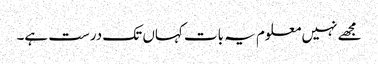
مجھے نہیں معلوم یہ بات کہاں تک درست ہے۔